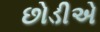
છોડીએ